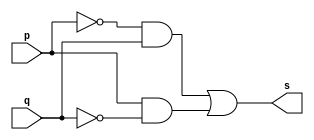
// --------------------- 
// Exemplo0011 - XOR 
// Nome: Rafael Tadeu Cmapos de Medeiros 
// --------------------- 
// --------------------- 
// -- xor gate 
// --------------------- 
module xorgate (output s, 
input  p, q); 
assign s = ((~p)& q) |( p &(~q))  ; 
endmodule // xorgate
// --------------------- 
// -- test xor gate 
// --------------------- 
module testxorgate; 
// ------------------------- dados locais 
reg  a,b; // definir registrador 
wire s; // definir conexao (fio) 
// ------------------------- instancia 
xorgate XOR1 (s, a, b); 
// ------------------------- preparacao 
initial begin:start 
a=0; b=0;

end 
// ------------------------- parte principal 
initial begin:main 
$display("Exemplo0011 - Rafael Tadeu - 451609"); 
$display("Test XOR gate"); 
$display("\n a'b | a b'  = s\n"); 
$monitor("~(%b | %b )= %b", a, b, s); 
#1 a=0; b=0;  
#1 a=0; b=1;
#1 a=1; b=0;
#1 a=1; b=1;
end 
endmodule // testxorgate 

//Exemplo0011 - Rafael Tadeu - 451609
    //Test XOR gate
    //
     //a'b | a b'  = s
    //
    //~(0 | 0 )= 0
    //~(0 | 1 )= 1
    //~(1 | 0 )= 1
    //~(1 | 1 )= 0